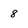
Character: 8